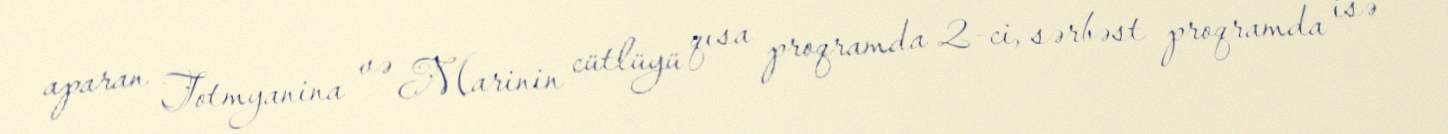
aparan Totmyanina və Marinin cütlüyü qısa proqramda 2-ci, sərbəst proqramda isə